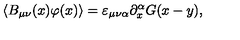
\langle B _ { \mu \nu } ( x ) \varphi ( x ) \rangle = \varepsilon _ { \mu \nu \alpha } \partial _ { x } ^ { \alpha } G ( x - y ) ,